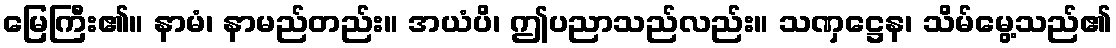
မြေကြီး၏။ နာမံ၊ နာမည်တည်း။ အယံပိ၊ ဤပညာသည်လည်း။ သဏှဋ္ဌေန၊ သိမ်မွေ့သည်၏